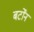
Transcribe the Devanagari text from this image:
बर्टोंन